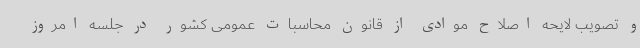
و تصویب لایحه اصلاح موادی از قانون محاسبات عمومی کشور در جلسه امروز